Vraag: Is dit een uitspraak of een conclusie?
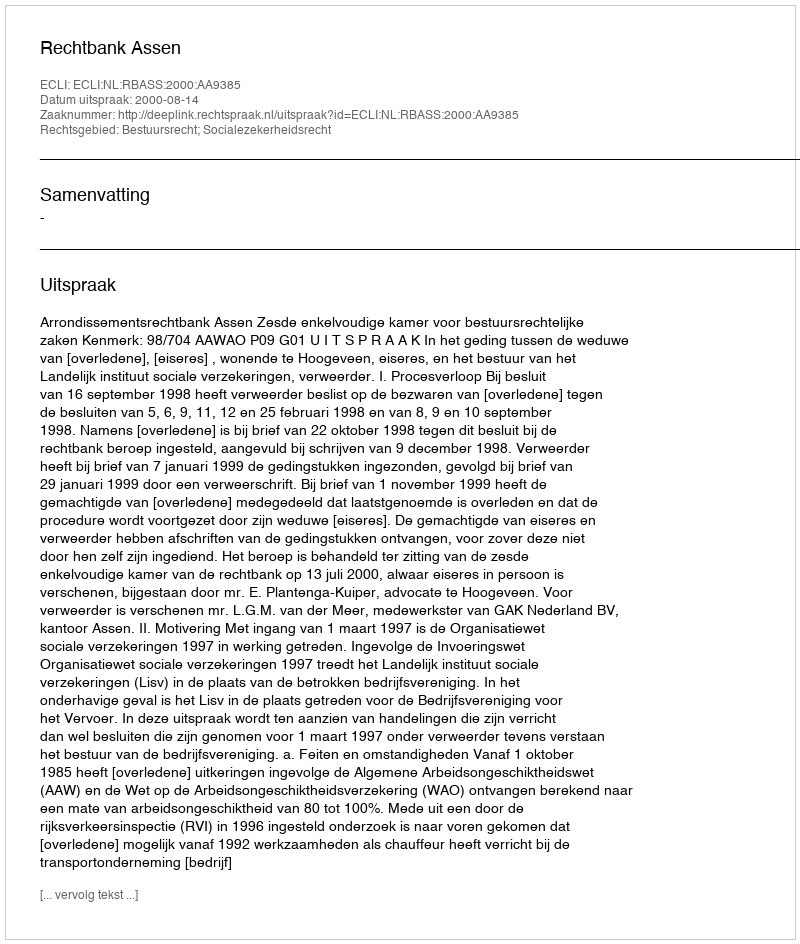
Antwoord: Uitspraak